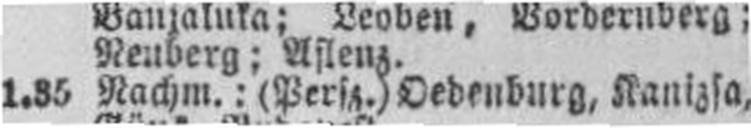
1.35 Nachm.: (Persz.) Oedenburg, Kanizsa,